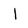
Character: l